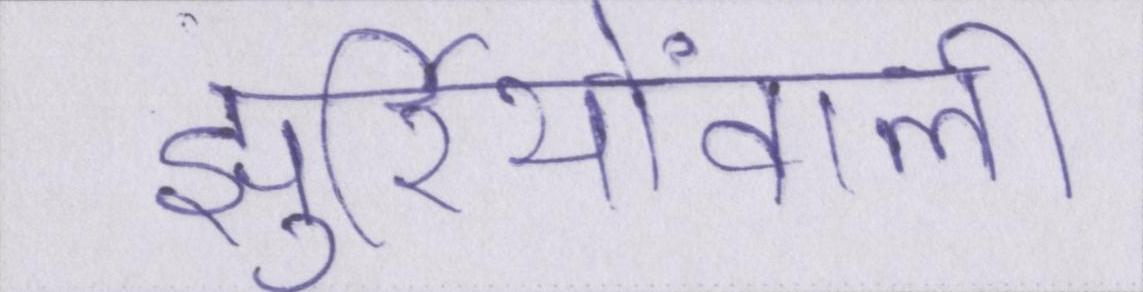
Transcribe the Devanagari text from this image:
झुर्रियोंवाली